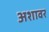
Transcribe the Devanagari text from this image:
अशावर